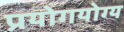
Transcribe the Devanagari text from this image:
प्रयोगयोग्य